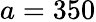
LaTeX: a=350